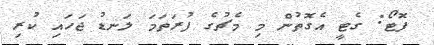
ފޮޓޯ: ގެޓީ އެގޮތުން މި މެޗުގެ ފުރަތަމަ ލަނޑު ޖަހައި ކުރި